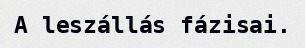
A leszállás fázisai.